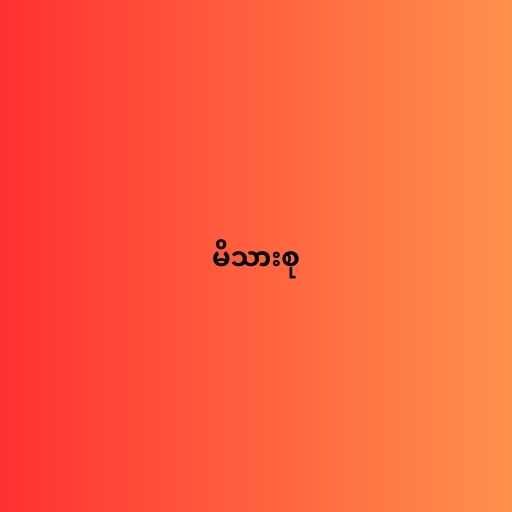
မိသားစု